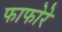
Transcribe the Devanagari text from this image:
फाफोरे